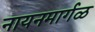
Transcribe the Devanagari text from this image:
नायनमार्गळ